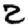
Digit: 2